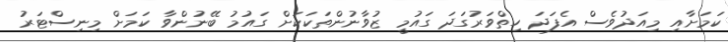
ކަމަށާއި މިއަދުވެސް އެފަދަ ހިތްވަރުގަދަ ގައުމީ ޒުވާނުންތަކަކަށް ގައުމު ބޭނުންވާ ކަމަށް މިނިސްޓަރު